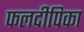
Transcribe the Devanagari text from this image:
फलदीपिका